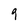
Character: 9